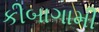
કીબાગામી